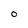
Character: 0